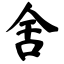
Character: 舍